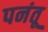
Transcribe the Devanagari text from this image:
पनंतू